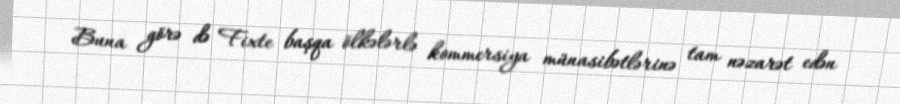
Buna görə də Fixte başqa ölkələrlə kommersiya münasibətlərinə tam nəzarət edən